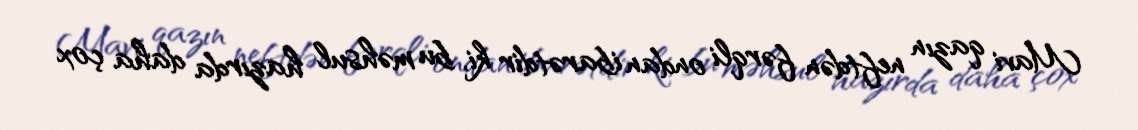
Mavi qazın neftdən fərqli ondan ibarətdir ki, bu məhsul hazırda daha çox